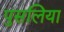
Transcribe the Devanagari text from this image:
पुसलिया